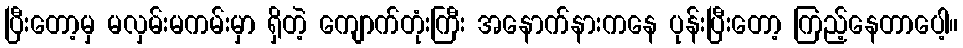
ပြီးတော့မှ မလှမ်းမကမ်းမှာ ရှိတဲ့ ကျောက်တုံးကြီး အနောက်နားကနေ ပုန်းပြီးတော့ ကြည့်နေတာပေါ့။